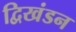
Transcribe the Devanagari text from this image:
द्विखंडन